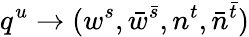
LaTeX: q^{u}\to(w^{s},\bar{w}^{\bar{s}},n^{t},\bar{n}^{\bar{t}})